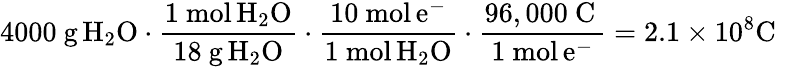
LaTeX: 4000\ {\mathrm{g}}\, \mathrm{{{H}_{2}\mathrm{{{O}\cdot{\frac{1\ {\mathrm{mol}}\, \mathrm{{{H}_{2}\mathrm{{O}}}}}{18\ {\mathrm{g}}\, H_{2}O}}\cdot{\frac{10\ {\mathrm{mol}}\, e^{-}}{1\ {\mathrm{mol}}\, H_{2}O}}\cdot{\frac{96,000\ {\mathrm{C}}\, }{1\ {\mathrm{mol}}\, e^{-}}}=2.1\times 10^{8}C\ \, \ }}}}